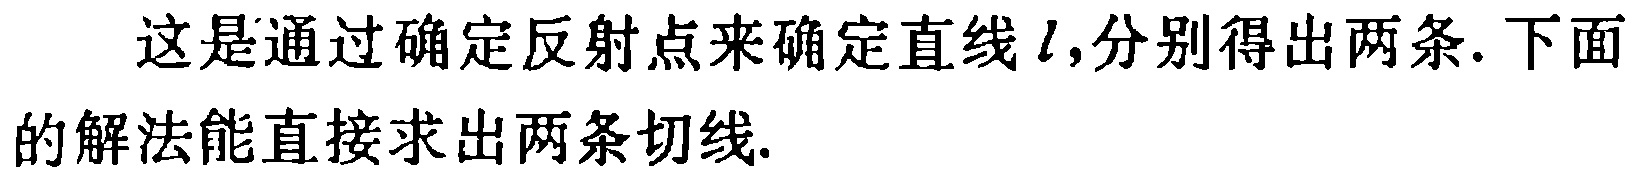
这是通过确定反射点来确定直线\(l\)，分别得出两条. 下面的解法能直接求出两条切线.